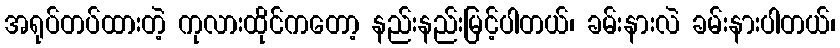
အရုပ်တပ်ထားတဲ့ ကုလားထိုင်ကတော့ နည်းနည်းမြင့်ပါတယ်၊ ခမ်းနားလဲ ခမ်းနားပါတယ်၊